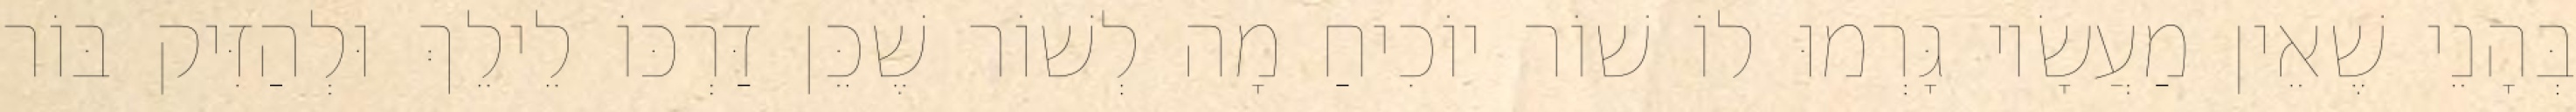
בְּהָנֵי שֶׁאֵין מַעֲשָׂיו גָּרְמוּ לוֹ שׁוֹר יוֹכִיחַ מָה לְשׁוֹר שֶׁכֵּן דַּרְכּוֹ לֵילֵךְ וּלְהַזִּיק בּוֹר